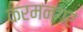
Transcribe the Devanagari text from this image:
करमनगर